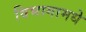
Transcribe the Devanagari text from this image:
विभागामधे